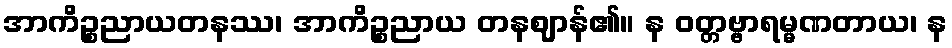
အာကိဉ္စညာယတနဿ၊ အာကိဉ္စညာယ တနဈာန်၏။ န ဝတ္တဗ္ဗာရမ္မဏတာယ၊ န